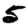
Digit: 5